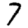
Digit: 7